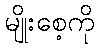
မျိုးစေ့ကို